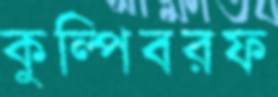
কুল্‌পিবরফ